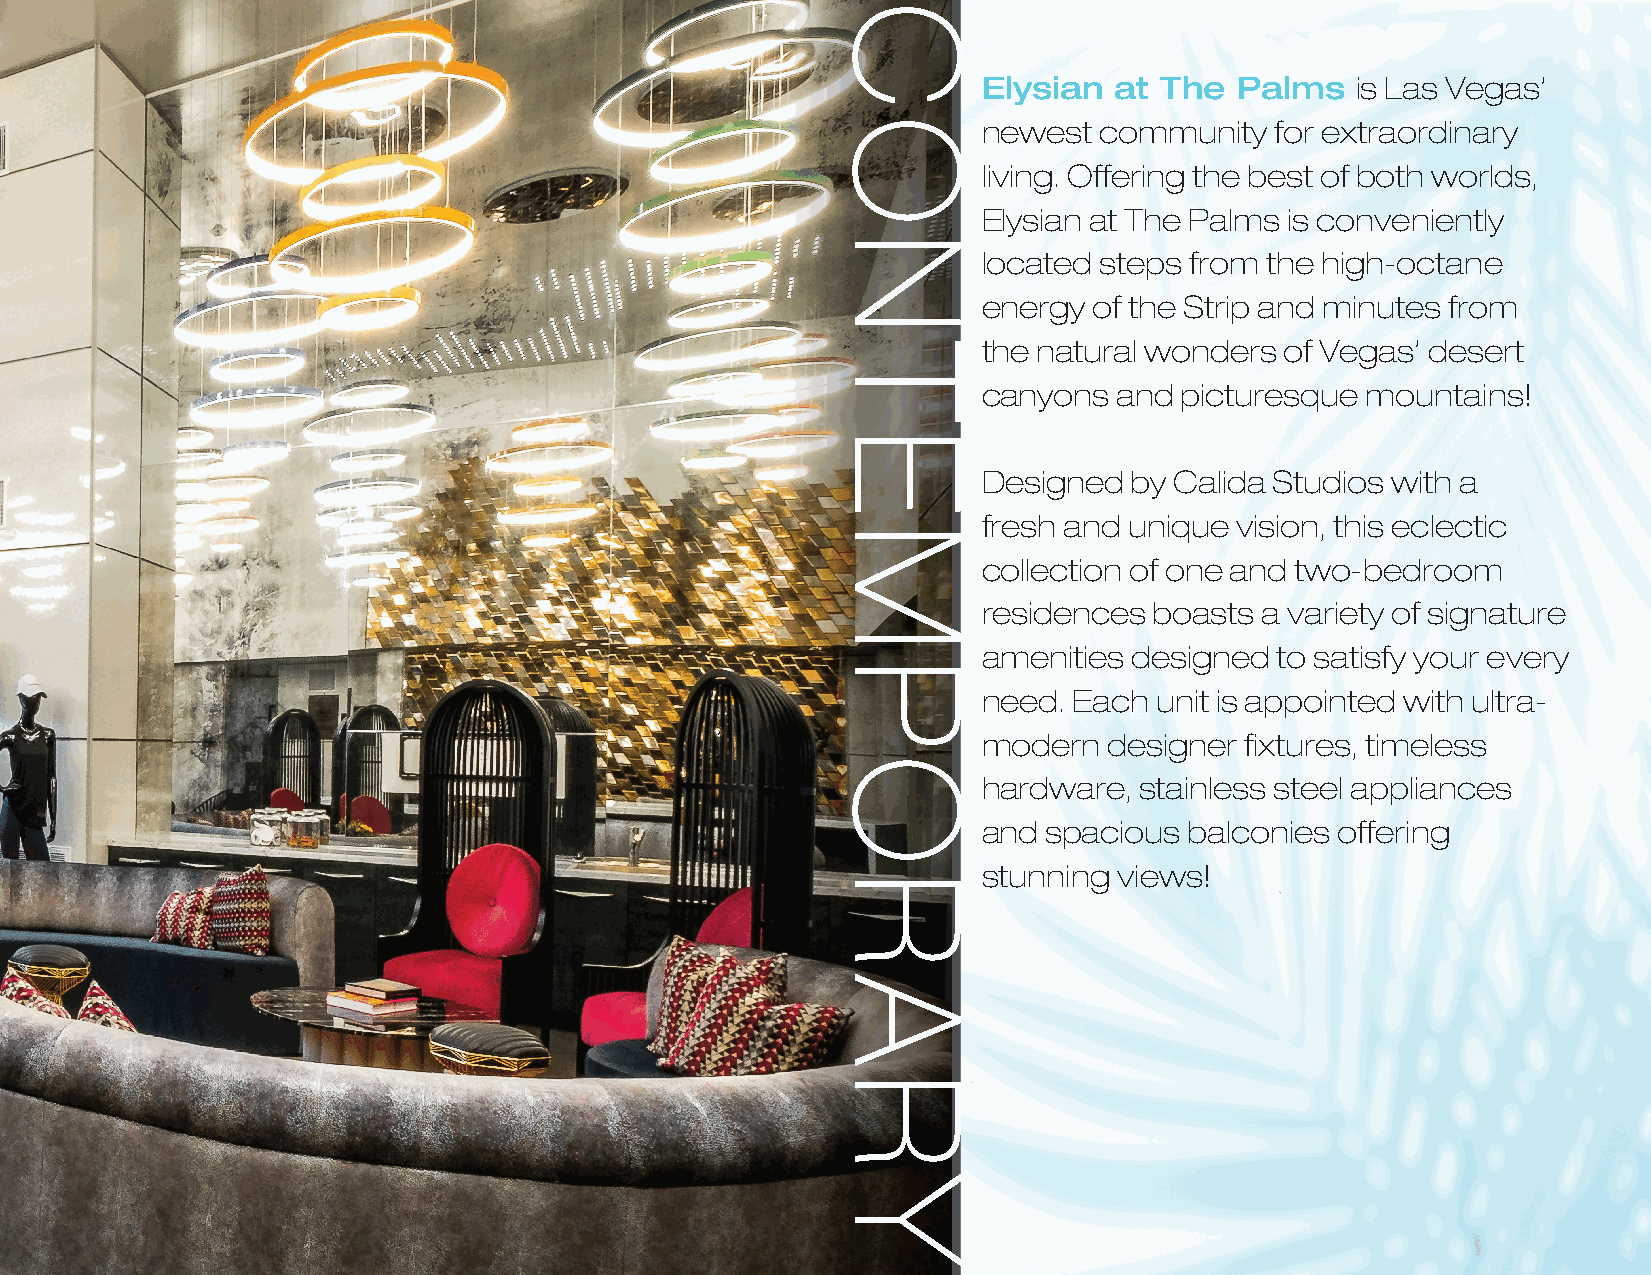
Elysian  at The  Palms   is Las Vegas’
 newest  community  for extraordinary
 living. Offering the best of both worlds,
 Elysian at The Palms is conveniently
 located steps from the high-octane
 energy of the Strip and minutes from
 the natural wonders of Vegas’ desert
 canyons  and picturesque mountains!
 Designed  by Calida Studios with a
 fresh and unique vision, this eclectic
 collection of one and two-bedroom
 residences boasts a variety of signature
 amenities designed  to satisfy your every
 need. Each  unit is appointed with ultra-
 modern  designer fi xtures, timeless
 hardware, stainless steel appliances
 and spacious  balconies offering
 stunning views!
 C
 O
 N
 T
 E
 M
 P
 O
 R
 A
 R
 Y